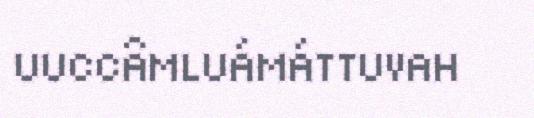
UUCCÂMLUÁMÁTTUVAH